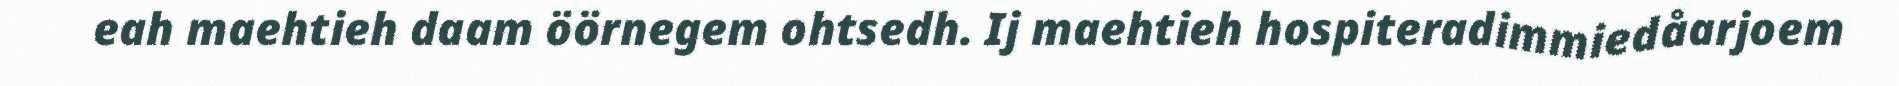
eah maehtieh daam öörnegem ohtsedh. Ij maehtieh hospiteradimmiedåarjoem